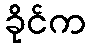
ခိုင်က